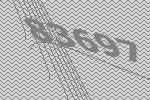
83697